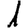
Digit: 1